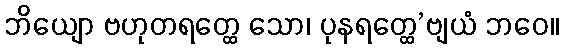
ဘိယျော ဗဟုတရတ္ထေ သော၊ ပုနရတ္ထေ’ဗျယံ ဘဝေ။